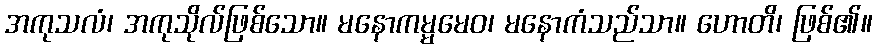
အကုသလံ၊ အကုသိုလ်ဖြစ်သော။ မနောကမ္မမေဝ၊ မနောကံသည်သာ။ ဟောတိ၊ ဖြစ်၏။